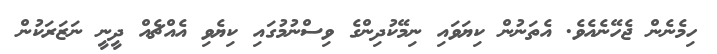
ހިމެނެން ޖެހޭނެއެވެ. އެތަނުން ކިޔަަވައި ނިމޭކުދިންގެ ވިސްނުމުގައި ކިޔެވި އެއްޗެއް ދީނީ ނަޒަރަކުން